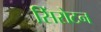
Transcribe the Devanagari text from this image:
सिंरोटन